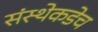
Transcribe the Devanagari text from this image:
संस्थेकडेच